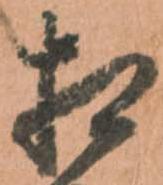
相